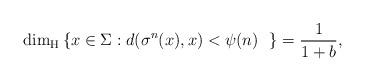
LaTeX: \begin{align*}\dim_{\rm H}\left\{x\in\Sigma: d(\sigma^n(x),x)<\psi(n)\ \ \right\}=\frac{1}{1+b},\end{align*}